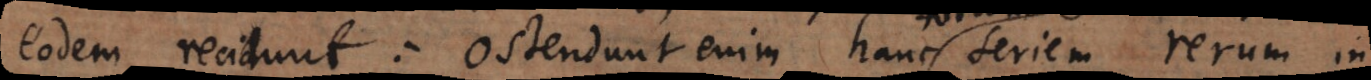
eodem recidunt: ostendunt enim hanc seriem rerum in